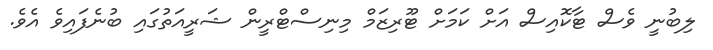
ލިބުނީ ވެސް ޓާކޮއިސް އަށް ކަމަށް ޓޫރިޒަމް މިނިސްޓްރީން ޝަރީއަތުގައި ބުނެފައިވެ އެވެ.